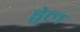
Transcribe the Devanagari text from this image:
ड्वेल